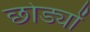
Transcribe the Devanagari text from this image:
छोड्यों